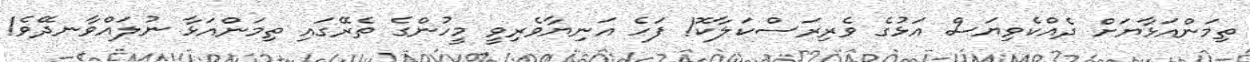
ތިމަންއަޅާޔަށް ދެއްކެވިޔަސް އަޅުގެ ވެރިރަސްކަލާކޮ! ފަހެ އަނިޔާވެރިވީ މީހުންގެ ތެރޭގައި ތިމަންއަޅާ ނުލައްވާނދޭވެ!